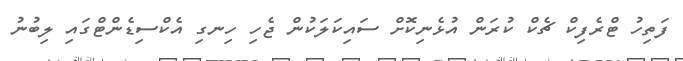
ފަތިހު ޓްރެފިކް ޗެކް ކުރަން އުޅެނިކޮށް ސައިކަލަކުން ޖެހި ހިނގި އެކްސިޑެންޓްގައި ލިބުނު